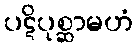
ပဋိပုစ္ဆာမဟံ